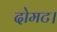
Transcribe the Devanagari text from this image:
दोमट।